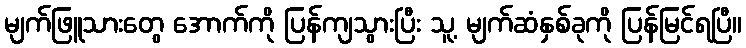
မျက်ဖြူသားတွေ အောက်ကို ပြန်ကျသွားပြီး သူ့ မျက်ဆံနှစ်ခုကို ပြန်မြင်ရပြီ။